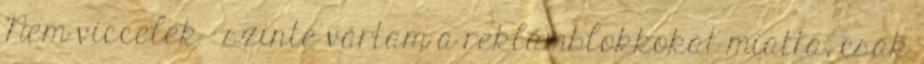
Nem viccelek - szinte vártam a reklámblokkokat miatta, csak